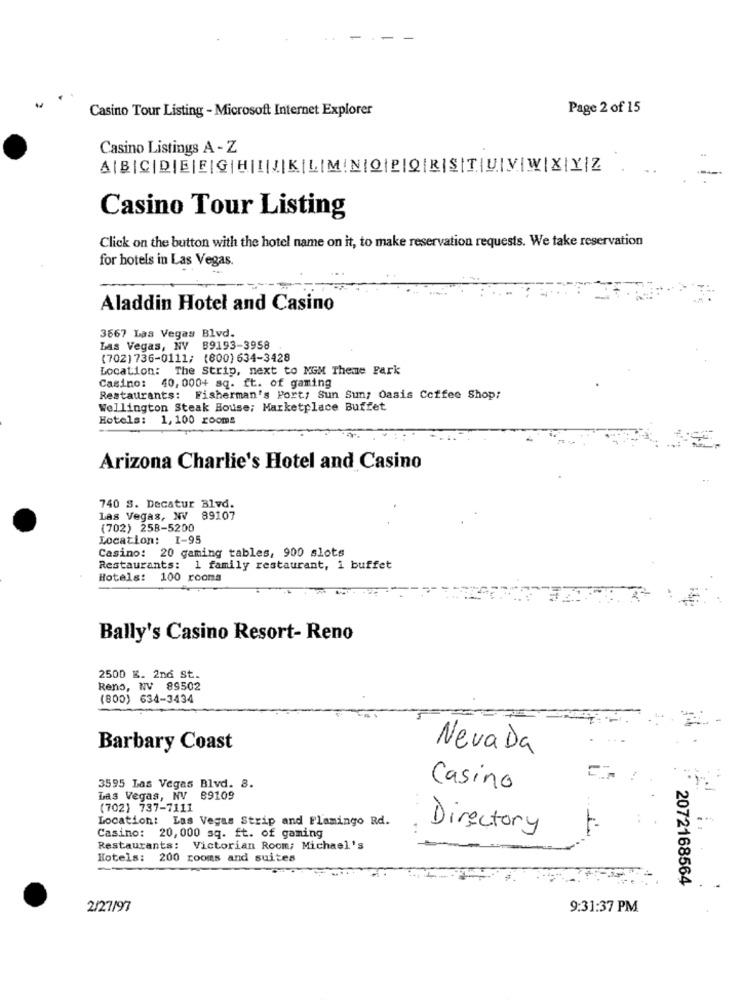
Casino Tour Listing - Microsoft Internet Explorer
Page 2 of 15
Casino Listings A - Z
AIBICIDIEIEIG HIJKILIM NOBIORISITIUIVWIXYZ
Casino Tour Listing
Click on the button with the hotel name on it, to make reservation requests. We take reservation
for hotels in Las Vegas.
Aladdin Hotel and Casino
3667 Las Vegas Blvd.
Las Vegas, NV 89193-3958
(702) 736-0111; (800) 634-3428
Location: The Strip, next to MGM Theme Park
Casino: 40,000+ sq. ft. of gaming
Restaurants: Fisherman's Port; Sun Sun; Oasis Coffee Shop:
Wellington Steak House; Marketplace Buffet
Hotels: 1,100 rooms
Arizona Charlie's Hotel and Casino
740 S. Decatur Blvd.
Las Vegas, NV 89107
(702) 258-5200
Location: 1-95
Casino: 20 gaming tables, 900 slots
Restaurants: 1 family restaurant, i buffet
Hotels: 100 rooms
Bally's Casino Resort- Reno
2500 E. 2nd St.
Reno, NV 89502
(800) 634-3434
Barbary Coast
Nevada
3595 Las Vegas Blvd. 8.
Casino
Las Vegas, NV 89109
(702) 737-7111
Location: Las Vegas Strip and Flamingo Rd.
Directory
Casino: 20, 000 sq. ft. of gaming
Restaurants: Victorian Room; Michael's
Hotels: 200 rooms and suites
2072168564
2/27/97
9:31:37 PM